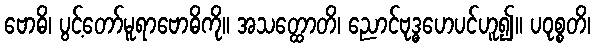
ဗောဓိ၊ ပွင့်တော်မူရာဗောဓိကို။ အသတ္ထောတိ၊ ညောင်ဗုဒ္ဓဟေပင်ဟူ၍။ ပဝုစ္စတိ၊